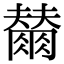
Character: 𭁲